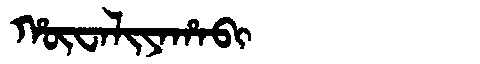
Manchu: ᡥᡡᠸᠠᠯᡳᠶᠠᡥᠠᠪᡳ
Romanization: HŪWALIYAHABI